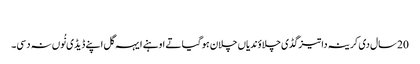
‏
20 سال دی کرینہ دا تیز گڈی چلاؤندیاں چلا‌ن ہو گیا تے اوہنے ایہہ گل اپنے ڈیڈی نُوں نہ دسی۔